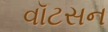
વૉટસન